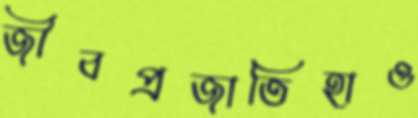
জীবপ্রজাতিহাও